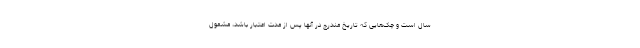
سال است و چک‌هایی که تاریخ مندرج در آنها پس از مدت اعتبار باشد، مشمول